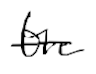
Text: the
Cross-out: single-line
Writing tool: digital_black